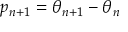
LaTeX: p _ { n + 1 } = \theta _ { n + 1 } - \theta _ { n }